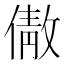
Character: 𬿣